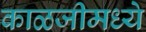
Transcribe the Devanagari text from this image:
काळजीमध्ये